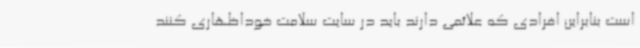
است بنابراین افرادی که علائمی دارند باید در سایت سلامت خوداظهاری کنند